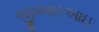
જીઆરઆઇ